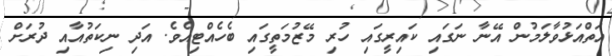
އަތްއަޅުވާލަމުން އޭނާ ނަގައި ކައިރީގައި ހުރި މޭޒުމަތީގައި ބެހެއްޓިއެވެ. އަދި ނިކަތުއާއި ދުރަށް